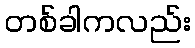
တစ်ခါကလည်း